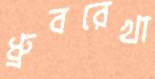
ধ্রুবরেখা